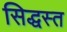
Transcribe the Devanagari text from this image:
सिद्धस्त